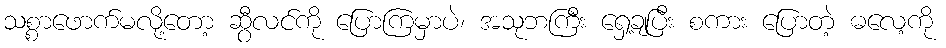
သစ္စာဖောက်မလို့တော့ ဆွီလင်ကို ပြောကြမှာပဲ၊ အသုဘကြီး ရှေ့ချပြီး စကား ပြောတဲ့ ဓလေ့ကို